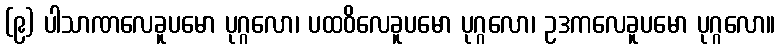
(၉) ပါသာဏလေခူပမော ပုဂ္ဂလော၊ ပထဝိလေခူပမော ပုဂ္ဂလော၊ ဥဒကလေခူပမော ပုဂ္ဂလော။